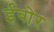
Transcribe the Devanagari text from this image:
ईवोर